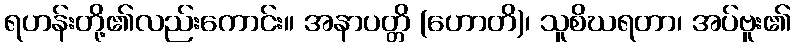
ရဟန်းတို့၏လည်းကောင်း။ အနာပတ္တိ (ဟောတိ)၊ သူစိဃရတာ၊ အပ်ဗူး၏